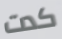
كدت